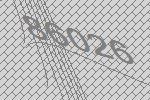
86026